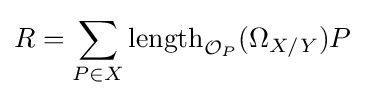
R=\sum _{P\in X}\operatorname {length} _{{\mathcal {O}}_{P}}(\Omega _{X/Y})P